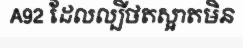
A92 ដែលល្បីថតស្អាតមិន